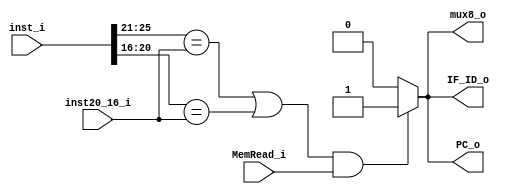
module HD(
	inst20_16_i,
 	inst_i,
	MemRead_i,
    	IF_ID_o,
    	PC_o,
    	mux8_o
);

input [4:0] inst20_16_i; 
input [31:0] inst_i;
input MemRead_i;
output reg IF_ID_o, PC_o, mux8_o;

always @(*) begin
	IF_ID_o = 1'b0;
	PC_o = 1'b0;
	mux8_o = 1'b0;
	if ((inst_i[25:21] == inst20_16_i
		|| inst_i[20:16] == inst20_16_i) && MemRead_i) begin
		IF_ID_o = 1'b1;
		PC_o = 1'b1;
		mux8_o = 1'b1;
	end
end
endmodule